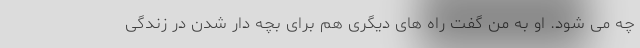
چه می شود. او به من گفت راه های دیگری هم برای بچه دار شدن در زندگی